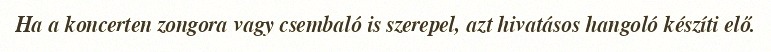
Ha a koncerten zongora vagy csembaló is szerepel, azt hivatásos hangoló készíti elő.